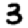
Digit: 3